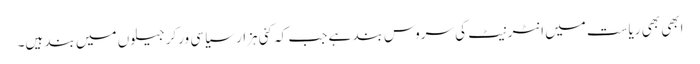
ابھی بھی ریاست میں انٹرنیٹ کی سروس بند ہے جب کہ کئی ہزار سیاسی ورکر جیلوں میں بند ہیں۔